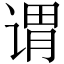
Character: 谓